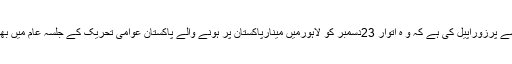
20؍دسمبر2012ءحق پرست اراکین قومی اسمبلی نے عوام سے پرزوراپیل کی ہے کہ و ہ اتوار 23دسمبر کو لاہورمیں مینارپاکستان پر ہونے والے پاکستان عوامی تحریک کے جلسہ عام میں بھرپور تعدادمیں شرکت کرکے اس جلسہ عام کو کامیاب بنائیں۔